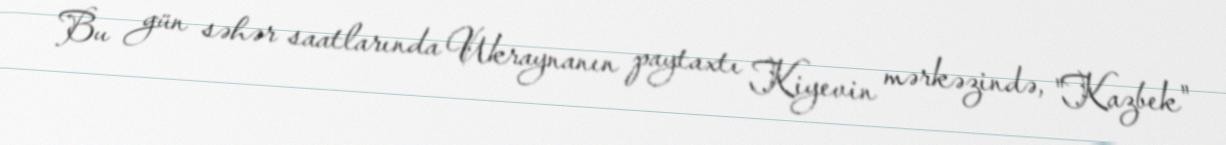
Bu gün səhər saatlarında Ukraynanın paytaxtı Kiyevin mərkəzində, "Kazbek"